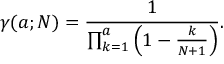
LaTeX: \gamma ( a ; N ) = { \frac { 1 } { \prod _ { k = 1 } ^ { a } \left( 1 - { \frac { k } { N + 1 } } \right) } } .